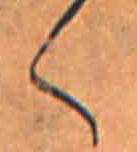
く